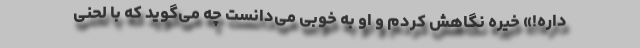
داره!» خیره نگاهش کردم و او به خوبی می‌دانست چه می‌گوید که با لحنی